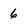
Character: 6